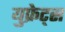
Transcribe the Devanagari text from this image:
युफ्रेट्स